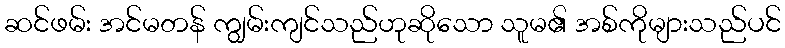
ဆင်ဖမ်း အင်မတန် ကျွမ်းကျင်သည်ဟုဆိုသော သူမ၏ အစ်ကိုများသည်ပင်